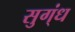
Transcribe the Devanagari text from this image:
सुग्ंध